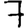
Digit: 7